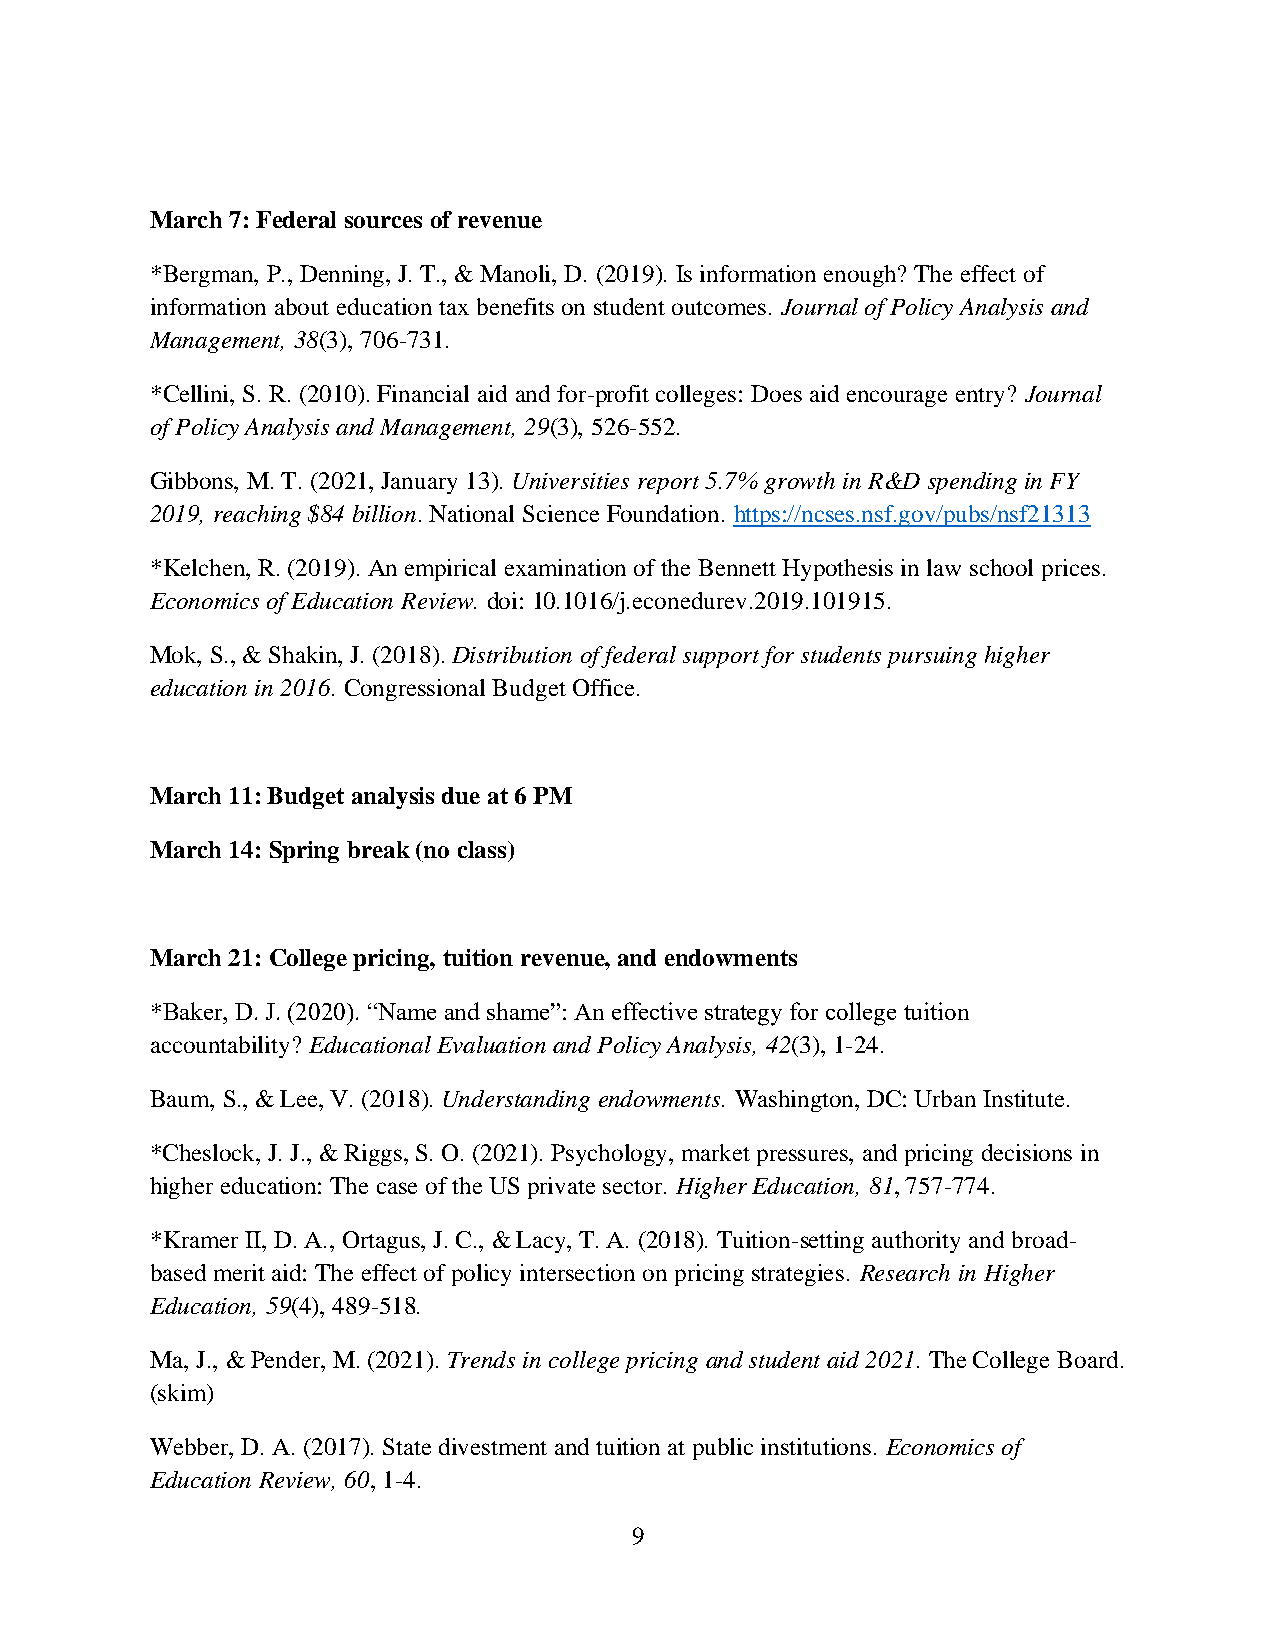
March 7: Federal sources of revenue
 *Bergman, P., Denning, J. T., & Manoli, D. (2019). Is information enough? The effect of
 information about education tax benefits on student outcomes. Journal of Policy Analysis and
 Management, 38(3), 706-731.
 *Cellini, S. R. (2010). Financial aid and for-profit colleges: Does aid encourage entry? Journal
 of Policy Analysis and Management, 29(3), 526-552.
 Gibbons, M. T. (2021, January 13). Universities report 5.7% growth in R&D spending in FY
 2019, reaching $84 billion. National Science Foundation. https://ncses.nsf.gov/pubs/nsf21313
 *Kelchen, R. (2019). An empirical examination of the Bennett Hypothesis in law school prices.
 Economics of Education Review. doi: 10.1016/j.econedurev.2019.101915.
 Mok, S., & Shakin, J. (2018). Distribution of federal support for students pursuing higher
 education in 2016. Congressional Budget Office.
 March 11: Budget analysis due at 6 PM
 March 14: Spring break (no class)
 March 21: College pricing, tuition revenue, and endowments
 *Baker, D. J. (2020). “Name and shame”: An effective strategy for college tuition
 accountability? Educational Evaluation and Policy Analysis, 42(3), 1-24.
 Baum, S., & Lee, V. (2018). Understanding endowments. Washington, DC: Urban Institute.
 *Cheslock, J. J., & Riggs, S. O. (2021). Psychology, market pressures, and pricing decisions in
 higher education: The case of the US private sector. Higher Education, 81, 757-774.
 *Kramer II, D. A., Ortagus, J. C., & Lacy, T. A. (2018). Tuition-setting authority and broad-
 based merit aid: The effect of policy intersection on pricing strategies. Research in Higher
 Education, 59(4), 489-518.
 Ma, J., & Pender, M. (2021). Trends in college pricing and student aid 2021. The College Board.
 (skim)
 Webber, D. A. (2017). State divestment and tuition at public institutions. Economics of
 Education Review, 60, 1-4.
 9